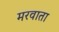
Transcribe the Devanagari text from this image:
मरवाता